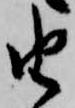
由